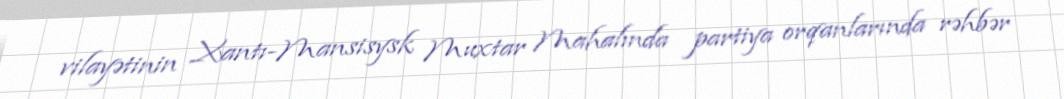
vilayətinin Xantı-Mansisysk Muxtar Mahalında partiya orqanlarında rəhbər